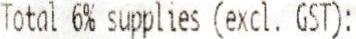
TOTAL 6% SUPPLIES (EXCL. GST):